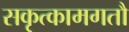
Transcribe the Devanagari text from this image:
सकृत्कामगतौ